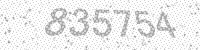
Solution: 835754